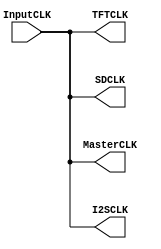
module AudVid_ClockManager(
    input  wire  InputCLK,
    output wire  MasterCLK,
    output wire  I2SCLK,
    output wire  TFTCLK,
    output wire  SDCLK   
    );

    assign MasterCLK=InputCLK;
    assign I2SCLK=InputCLK;
    assign TFTCLK=InputCLK;
    assign SDCLK=InputCLK;

endmodule